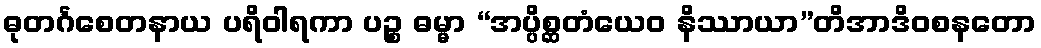
ဓုတင်္ဂစေတနာယ ပရိဝါရကာ ပဉ္စ ဓမ္မာ “အပ္ပိစ္ဆတံယေဝ နိဿာယာ”တိအာဒိဝစနတော